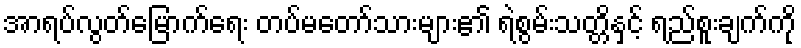
အာရပ်လွတ်မြောက်ရေး တပ်မတော်သားများ၏ ရဲစွမ်းသတ္တိနှင့် ရည်စူးချက်ကို